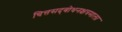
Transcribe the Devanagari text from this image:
चित्तसद्‍बोधनक्षत्रमाला